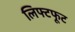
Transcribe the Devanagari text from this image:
लिफ्टफूट